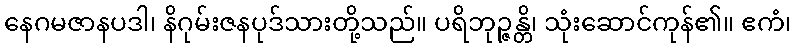
နေဂမဇာနပဒါ၊ နိဂုမ်းဇနပုဒ်သားတို့သည်။ ပရိဘုဉ္ဇန္တိ၊ သုံးဆောင်ကုန်၏။ ဧကံ၊